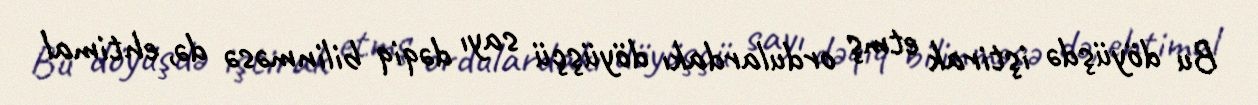
Bu döyüşdə iştirak etmş ordulardakı döyüşçü sayı dəqiq bilinməsə də, ehtimal